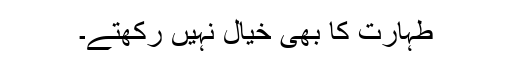
طہارت کا بھی خیال نہیں رکھتے۔